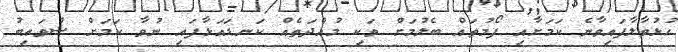
ހުޅުވާލާފައިވާނެ ކަމަށާއި ފޯމުތައް ބެލުމަށް ވަކި މުއްދަތެއް ކަނޑައަޅާފައި ނުވާ ކަމަށް ޝުވައިބު